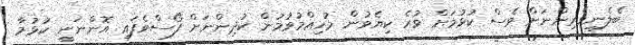
ބެލެނިވެރިންނަށް ވެސް ކުޅުމަށް ވުރެ ކިޔެވުން މުހިއްމުވުމުން ކުދިންނަށް ފޯސްވެފައި އޮންނަނީ ކުޅުމާ